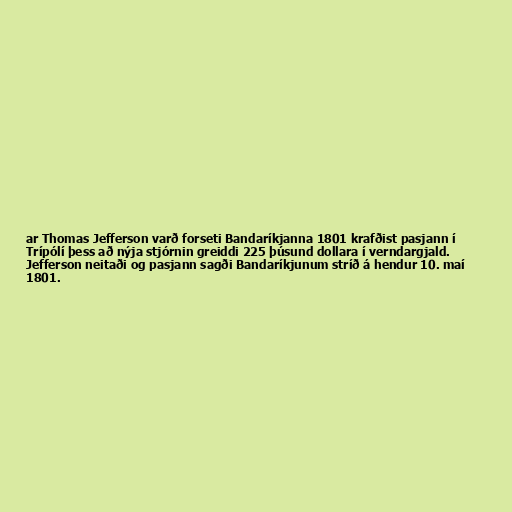
ar Thomas Jefferson varð forseti Bandaríkjanna 1801 krafðist pasjann í
Trípólí þess að nýja stjórnin greiddi 225 þúsund dollara í verndargjald.
Jefferson neitaði og pasjann sagði Bandaríkjunum stríð á hendur 10. maí
1801.